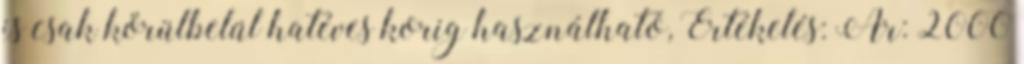
is csak körülbelül hatéves korig használható, Értékelés: Ár: 2000